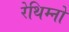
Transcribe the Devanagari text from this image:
रेथिम्नो